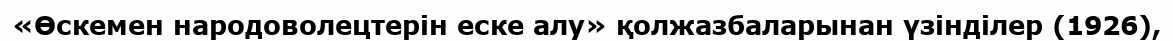
«Өскемен народоволецтерін еске алу» қолжазбаларынан үзінділер (1926),